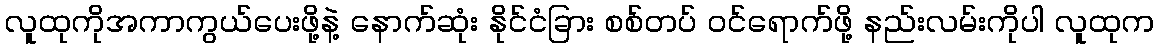
လူထုကိုအကာကွယ်ပေးဖို့နဲ့ နောက်ဆုံး နိုင်ငံခြား စစ်တပ် ဝင်ရောက်ဖို့ နည်းလမ်းကိုပါ လူထုက